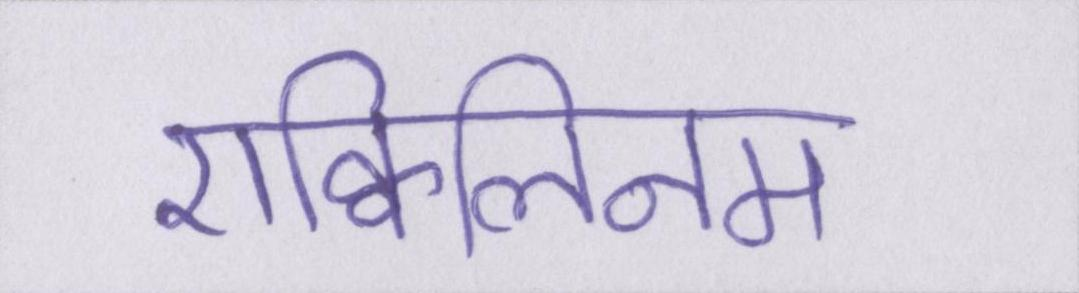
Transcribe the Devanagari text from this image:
एक्विलिनम